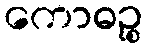
ကောဓဉ္စ